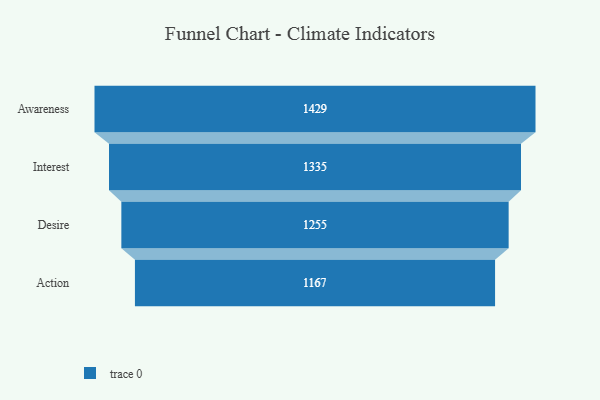
{"axis": {"x": "Stage", "y": "Value"}, "legend": [""], "data": [{"x": "Awareness", "y": 1429.0, "type": ""}, {"x": "Interest", "y": 1335.0, "type": ""}, {"x": "Desire", "y": 1255.0, "type": ""}, {"x": "Action", "y": 1167.0, "type": ""}]}